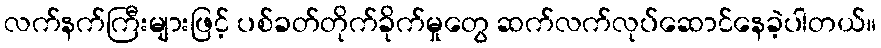
လက်နက်ကြီးများဖြင့် ပစ်ခတ်တိုက်ခိုက်မှုတွေ ဆက်လက်လုပ်ဆောင်နေခဲ့ပါတယ်။